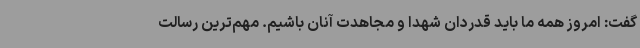
گفت: امروز همه ما باید قدردان شهدا و مجاهدت آنان باشیم. مهم‌ترین رسالت